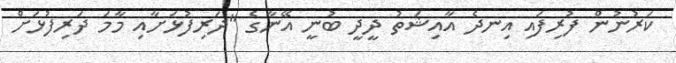
ކަރުނުން ފުރިފައި އިނދެ އާއިޝަތު ދީދީ ބުނީ އޭނާގެ "ދަރިފުޅަށާއި މާމަ ދަރިފުޅަށް